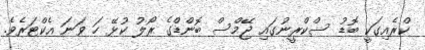
ކްރެއިގަކީ ބޮޑު ސްކްރީނުގައި ޖޭމްސް ބޮންޑްގެ ރޯލު ކުޅޭ ހަ ވަނަ އެކްޓަރެވެ.